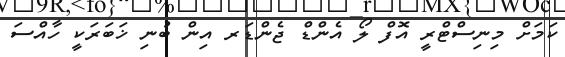
ކަމަށް މިނިސްޓްރީ އޮފް ލޯ އެންޑް ޖެންޑަރ އިން ބުނި ޚަބަރަކީ ހާއްސަ